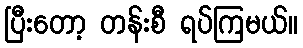
ပြီးတော့ တန်းစီ ရပ်ကြမယ်။